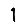
Digit: 1